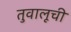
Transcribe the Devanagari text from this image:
तुवालूची